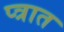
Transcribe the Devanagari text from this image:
प्त्रात